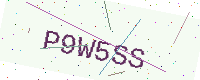
Text: P9W5SS